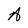
Character: A